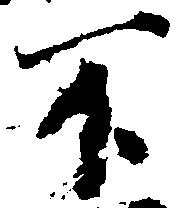
不